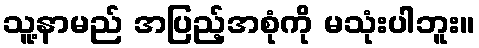
သူ့နာမည် အပြည့်အစုံကို မသုံးပါဘူး။